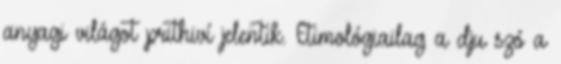
anyagi világot prithiví jelentik. Etimológiailag a dju szó a